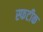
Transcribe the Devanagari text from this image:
स्फटीक